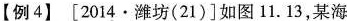
【例4】[2014·潍坊(21)]如图11.13，某海